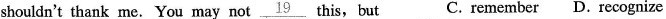
shouldn't thank me. You may not\underline{19} this,but C. remember D. recognize